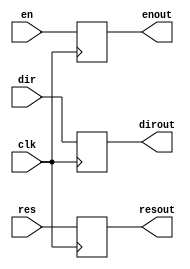
module bufferalu(
	input clk, en,
	input [6:0]dir,
	input [31:0]res,
	output reg [6:0]dirout,
	output reg [31:0]resout,
	output reg enout
);
always  @(posedge clk)
begin
	enout = en;
	resout = res;
	dirout = dir;
end
endmodule